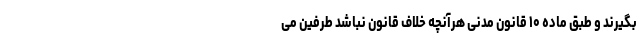
بگیرند و طبق ماده ۱۰ قانون مدنی هرآنچه خلاف قانون نباشد طرفین می‌